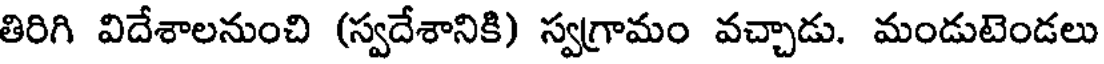
తిరిగి విదేశాలనుంచి (స్వదేశానికి) స్వగ్రామం వచ్చాడు. మండుటెండలు